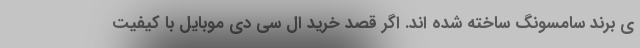
ی برند سامسونگ ساخته شده اند. اگر قصد خرید ال سی دی موبایل با کیفیت